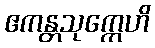
ဧကန္တသုက္ကေဟိ